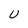
Character: U